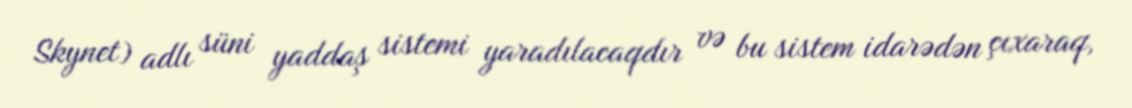
Skynet) adlı süni yaddaş sistemi yaradılacaqdır və bu sistem idarədən çıxaraq,